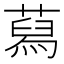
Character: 蕮